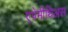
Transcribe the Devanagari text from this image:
एपेमीथिअस